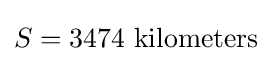
S=3474{\text{ kilometers}}